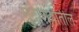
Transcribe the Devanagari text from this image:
गुदाशयातील